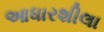
આધારશીલા